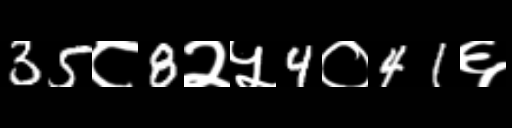
Text: 35८8२५4०41६